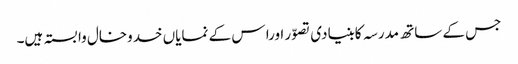
جس کے ساتھ مدرسہ کابنیادی تصوّر اورا س کے نمایاں خدوخال وابستہ ہیں۔